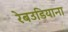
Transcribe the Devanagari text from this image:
रेबउडियाना